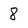
Character: 8